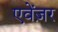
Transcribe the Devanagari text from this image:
एवेंज़र